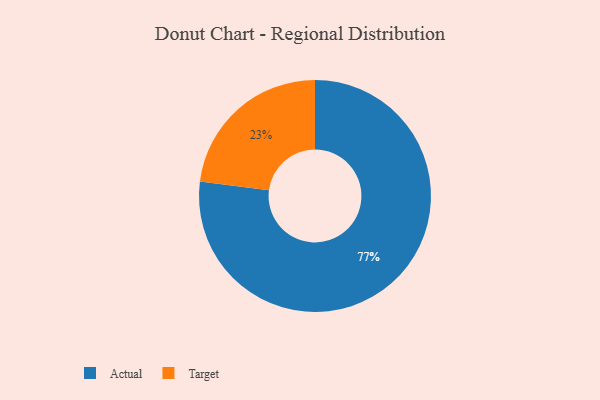
{"axis": {"x": "Category", "y": "Percentage"}, "legend": ["Actual", "Target"], "data": [{"x": "Actual", "y": 77, "type": "Actual"}, {"x": "Target", "y": 23, "type": "Target"}]}